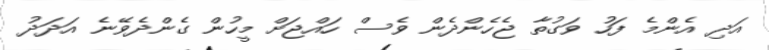
އަދި އެންމެ ފަހު ވަގުތާ ޖެހެންދެން ވެސް ހައްޖަށް މީހުން ގެންދެވޭނެ އަދަދު